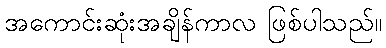
အကောင်းဆုံးအချိန်ကာလ ဖြစ်ပါသည်။